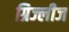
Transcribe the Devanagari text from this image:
ग्रिज्लीज